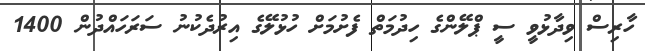
ހާރިސް ވިދާޅުވީ ސީ ޕްލޭންގެ ހިދުމަތް ފެށުމަށް ހުޅުލޭގެ އިރުދެކުނު ސަރަހައްދުން 1400